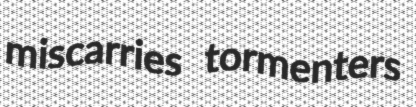
miscarries tormenters